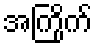
အကြိုက်